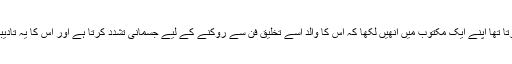
ایک متشاعر نے جو اکثر اپنی فرسودہ تحریریں انھیں ارسال کیا کرتا تھا اپنے ایک مکتوب میں انھیں لکھا کہ اس کا والد اسے تخلیق فن سے روکنے کے لیے جسمانی تشدد کرتا ہے اور اس کا یہ تادیبی رویہ اس کے تخلیقی عمل کی راہ میں دشواریاں پیدا کر رہا ہے۔